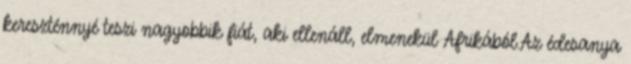
kereszténnyé teszi nagyobbik fiát, aki ellenáll, elmenekül Afrikából.Az édesanya